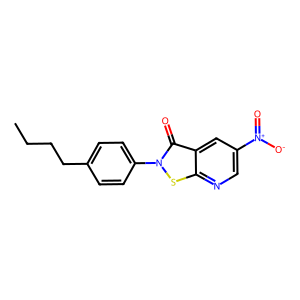
SMILES: CCCCc1ccc(-n2sc3ncc([N+](=O)[O-])cc3c2=O)cc1
Inhibits HIV replication: Yes